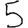
Digit: 5